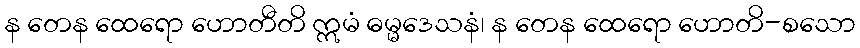
န တေန ထေရော ဟောတီတိ ဣမံ ဓမ္မဒေသနံ၊ န တေန ထေရော ဟောတိ-စသော